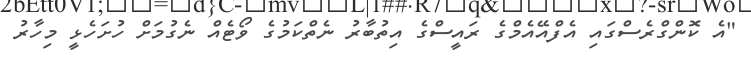
"އެ ކޮންގްރެސްގައި އެފްއޭއެމްގެ ރައީސްގެ އިތުބާރު ނެތްކަމުގެ ވޯޓެއް ނެގުމަށް ހުށަހެޅީ މިހާރު